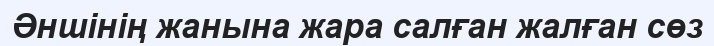
Әншінің жанына жара салған жалған сөз